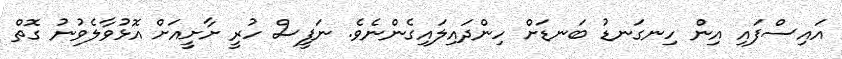
އައިސްފައި އިން ހިނގަނޑު ބަނޑަށް ހިންދައިލައިގެންނެވެ. ނަފީސް ހުރީ ށާށީއަށް އޮޅުވާލެވުނު ގޮތް